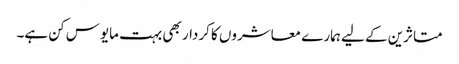
متاثرین کے لیے ہمارے معاشروں کا کردار بھی بہت مایوس کن ہے۔